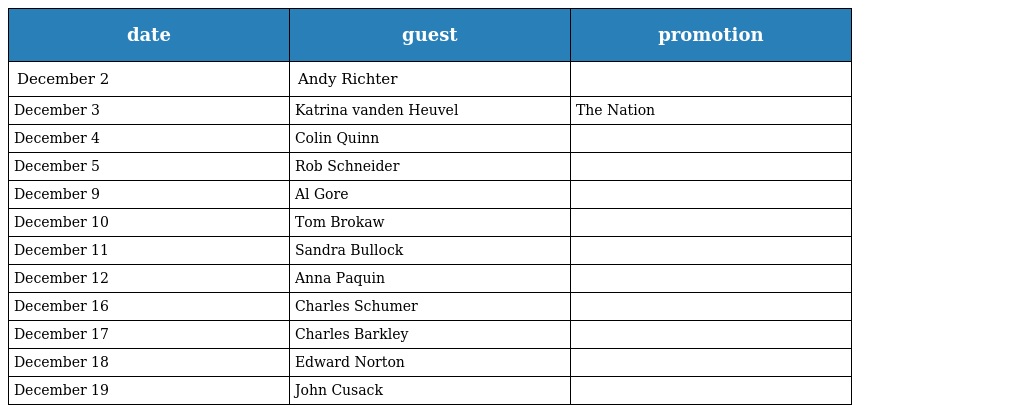
| date | guest | promotion |
 | --- | --- | --- |
 | December 2 | Andy Richter |  |
 | December 3 | Katrina vanden Heuvel | The Nation |
 | December 4 | Colin Quinn |  |
 | December 5 | Rob Schneider |  |
 | December 9 | Al Gore |  |
 | December 10 | Tom Brokaw |  |
 | December 11 | Sandra Bullock |  |
 | December 12 | Anna Paquin |  |
 | December 16 | Charles Schumer |  |
 | December 17 | Charles Barkley |  |
 | December 18 | Edward Norton |  |
 | December 19 | John Cusack |  |